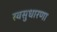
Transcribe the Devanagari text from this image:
स्वसुधारणा